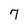
Character: 7